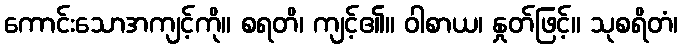
ကောင်းသောအကျင့်ကို။ စရတိ၊ ကျင့်၏။ ဝါစာယ၊ နှုတ်ဖြင့်။ သုစရိတံ၊